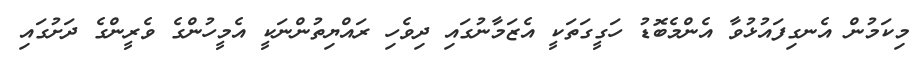
މިކަމުން އެނގިފައުޅުވާ އެންމެބޮޑު ހަގީގަތަކީ އެޒަމާނުގައި ދިވެހި ރައްޔިތުންނަކީ އެމީހުންގެ ވެރީންގެ ދަށުގައި